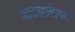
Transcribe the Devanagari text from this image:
नाट्यकलेवर